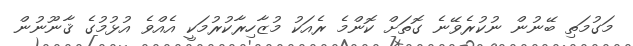
މަގުމަތި ބޭނުން ނުކުރެވޭނެ ގޮތަށް ކޮންމެ ރެއަކު މުޒާހިރާކުރުމަކީ އެއްވެ އުޅުމުގެ ޤާނޫނުން